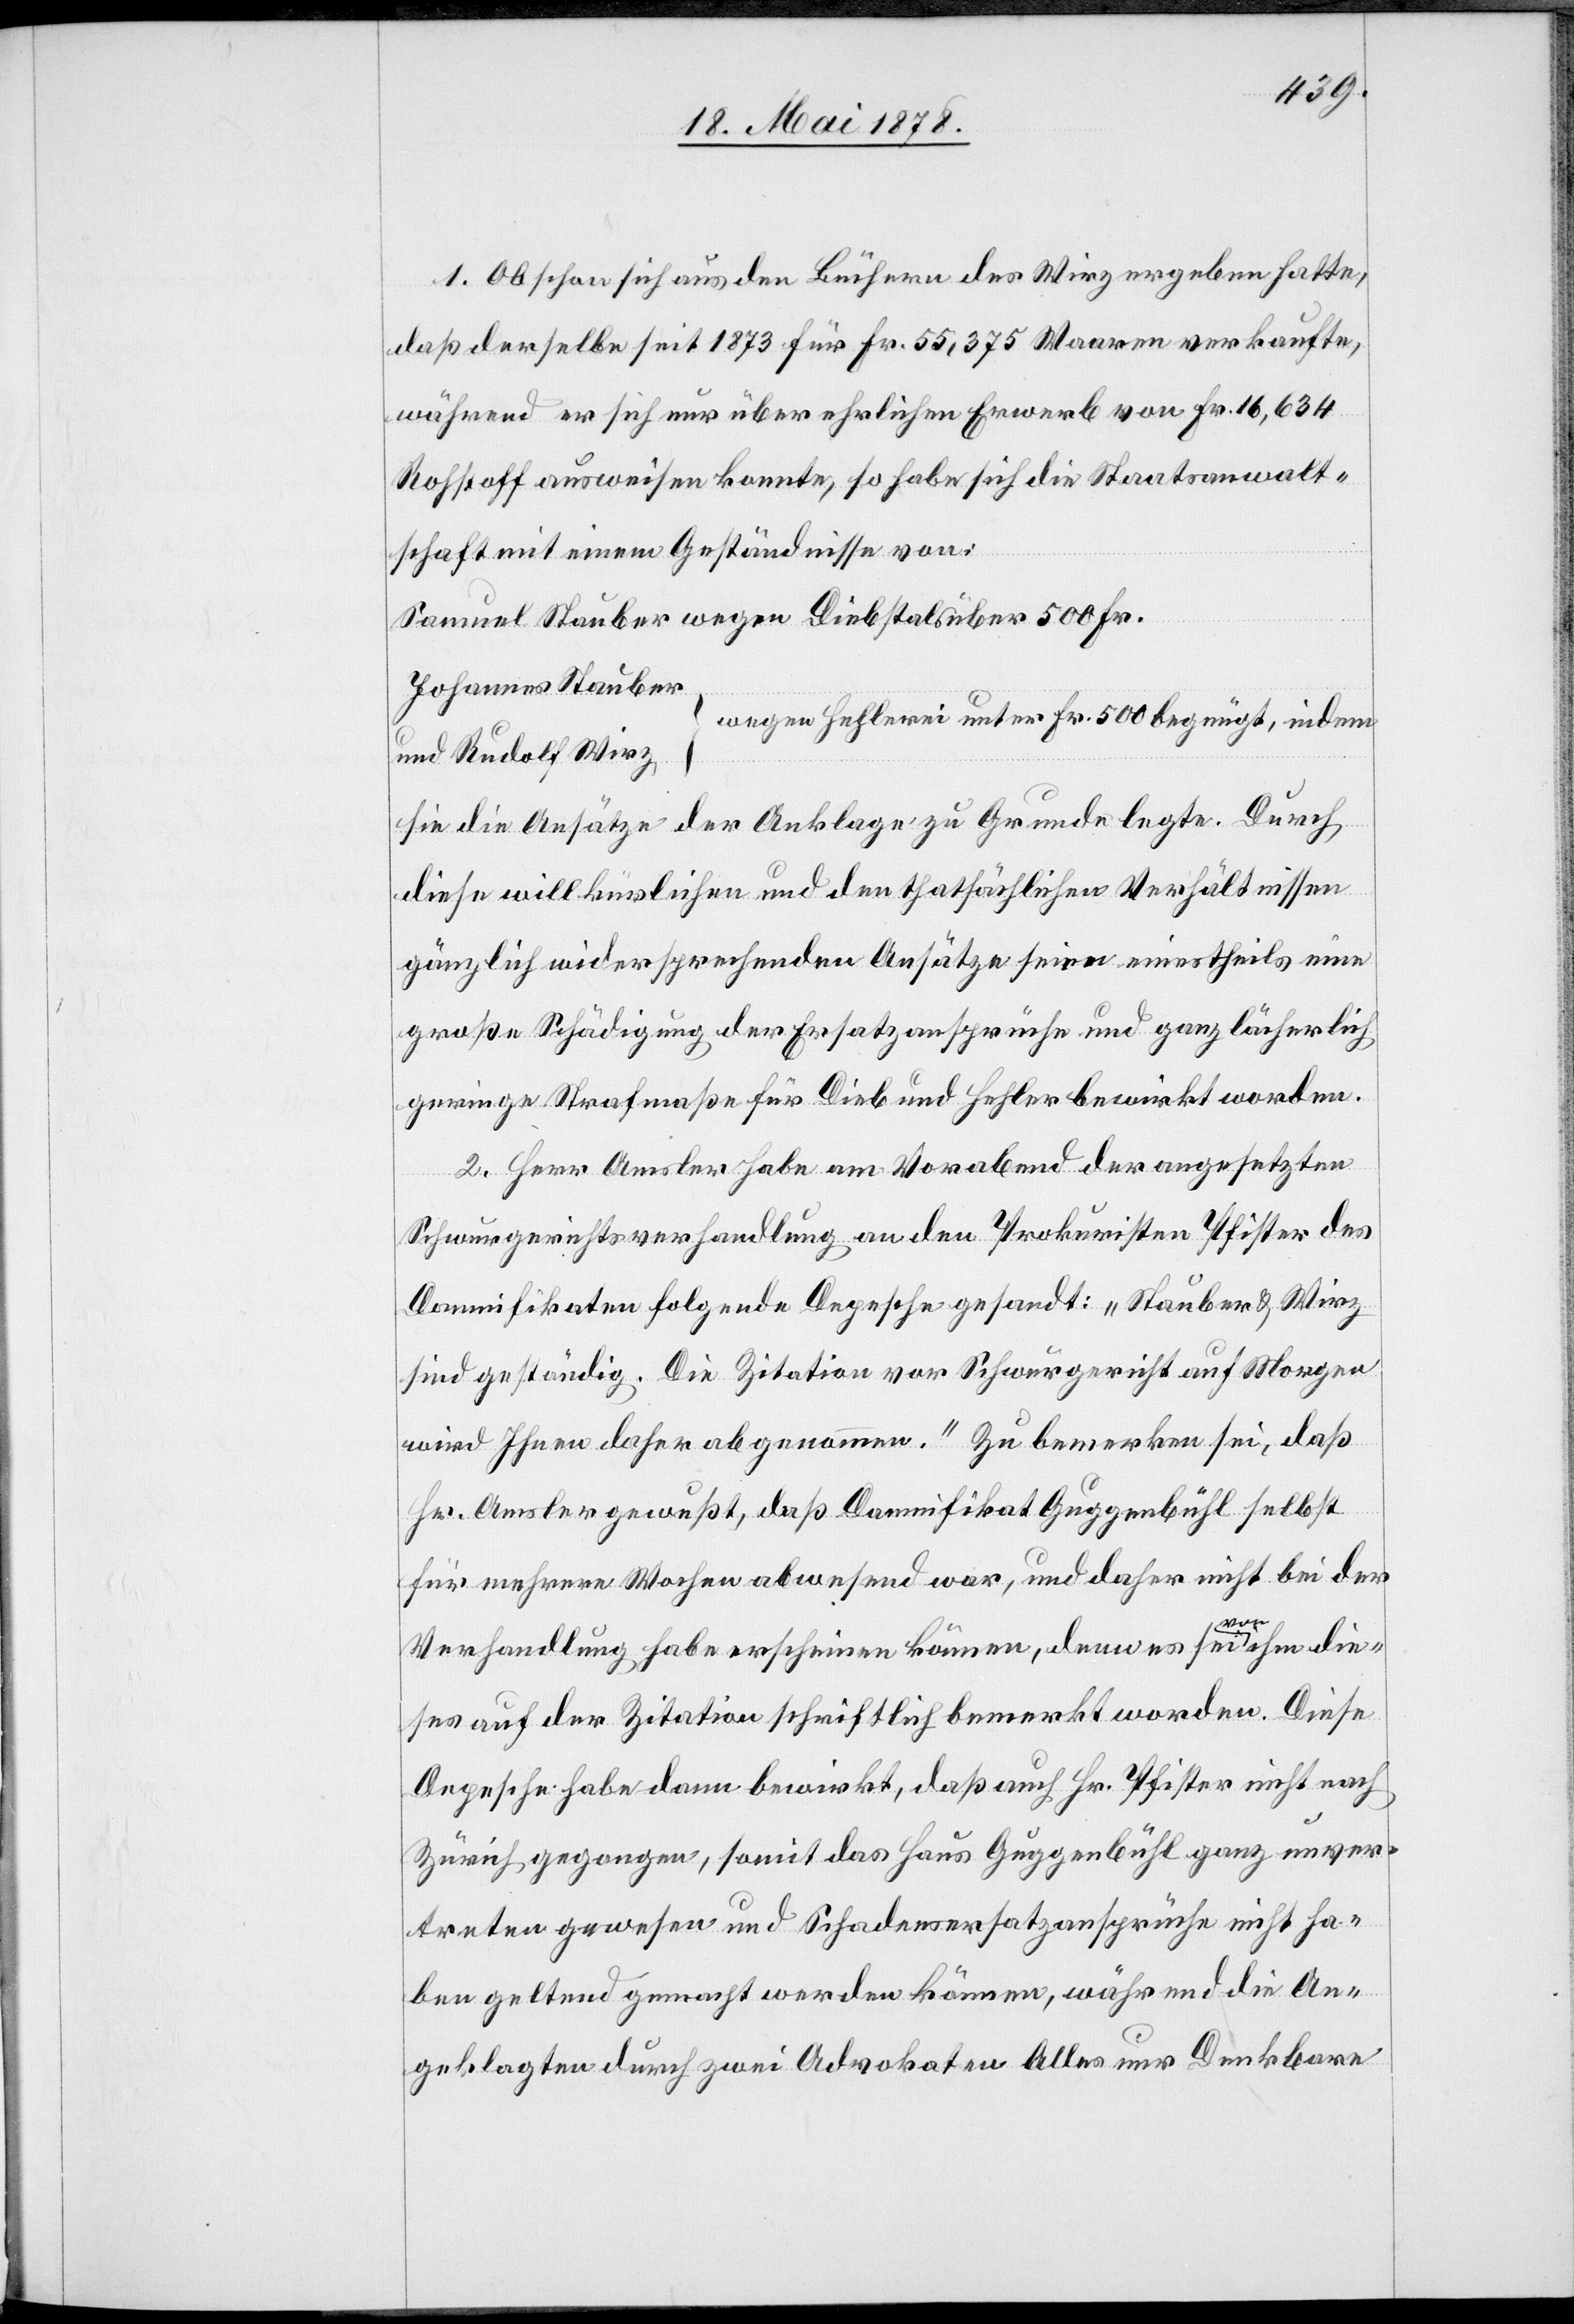
1. Obschon sich aus den Büchern des Wirz ergeben hatte,
daß derselbe seit 1873 für Fr. 55,375 Waaren verkaufte,
während er sich nur über ehrlichen Erwerb von Fr. 16,634
Rohstoff ausweisen konnte, so habe sich die Staatsanwalt¬
schaft einem Geständnisse von:
Samuel Stauber wegen Diebstals über 500 Fr.
Johannes Stauber
wegen Hehlerei unter Fr. 500 begnügt, indem
⎭
und Rudolf Wirz
diese willkürlichen und den thatsächlichen Verhältnissen
gänzlich widersprechenden Ansätze seien einestheils eine
große Schädigung der Ersatzansprüche und ganz lächerlich
geringe Strafmaße für Dieb und Hehler bewirkt worden.
2. Herr Amsler habe am Vorabend der angesetzten
Schwurgerichtsverhandlung an den Prokuristen Pfister des
Damnifikaten folgende Depesche gesandt: „Stauber & Wirz
sind geständig. Die Zitation vor Schwurgericht auf Morgen
wird Ihnen daher abgenommen.“ Zu bemerken sei, daß
Hr. Amsler gewußt, daß Damnifikat Guggenbühl selbst
für mehrere Wochen abwesend war, und daher nicht bei der
Verhandlung habe erscheinen können, denn es sei von ihm die¬
ses auf der Zitation schriftlich bemerkt worden. Diese
Depesche habe dann bewirkt, das auch Hr. Pfister nicht nach
Zürich gegangen, somit das Haus Guggenbühl ganz unver¬
treten gewesen und Schadenersatzansprüche nicht ha¬
ben geltend gemacht werden können, während die An¬
geklagten durch zwei Advokaten Alles nur Denkbare